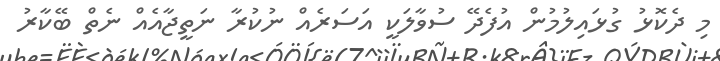
މި ދެކޮޅު ގުޅައިލުމުން އުފެދޭ ސުވާލަކީ އަސަރެއް ނުކުރާ ނަތީޖާއެއް ނެތް ބޭކާރު